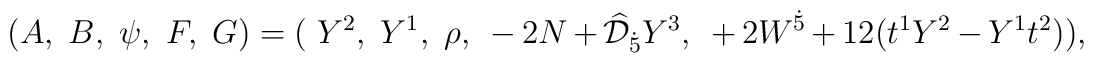
\big(A,~B,~\psi,~F,~G\big)= \big(~Y^2,~Y^1,~\rho,~-2N+\widehat{\cal D}_{\dot{5}}Y^3, ~+2 W^{\dot{5}}+12(t^1Y^2-Y^1t^2)\big),